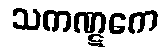
သကဏ္ဋကေ